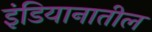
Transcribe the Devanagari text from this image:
इंडियानातील